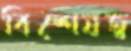
বিশেষত্ব